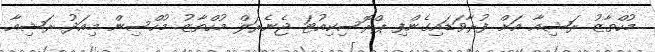
މުހްތާޒު ރަޝިއާ އަށް ފުރާވަޑައިގެންފި ޕްރޮސިކިއުޓަ ޖެނެރަލް މުހްތާޒު މުހްސިން މިއަދު ރަޝިއާ